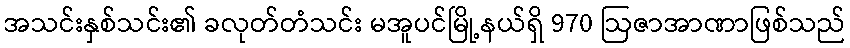
အသင်းနှစ်သင်း၏ ခလုတ်တံသင်း မအူပင်မြို့နယ်ရှိ 970 ဩဇာအာဏာဖြစ်သည်